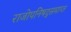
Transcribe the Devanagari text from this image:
राजोपनिषद्समाप्त